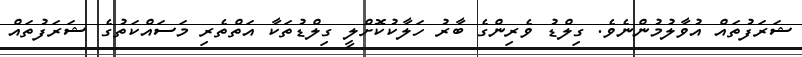
ޝަރަފުތައް އުވާލުމުންނެވެ. ގިލްޑު ވެރިންގެ ބާރު ހަލާކުކޮށްލީ ގިލްޑުތަކާ އަތްތެރި މަސައްކަތުގެ ޝަރަފުތައް